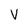
Character: V